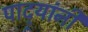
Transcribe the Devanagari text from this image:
पाद्र्यांनी